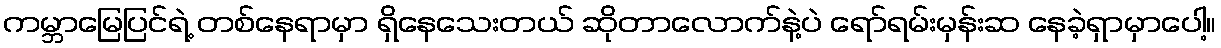
ကမ္ဘာမြေပြင်ရဲ့ တစ်နေရာမှာ ရှိနေသေးတယ် ဆိုတာလောက်နဲ့ပဲ ရော်ရမ်းမှန်းဆ နေခဲ့ရှာမှာပေါ့။